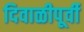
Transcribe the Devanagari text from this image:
दिवाळीपूर्वी